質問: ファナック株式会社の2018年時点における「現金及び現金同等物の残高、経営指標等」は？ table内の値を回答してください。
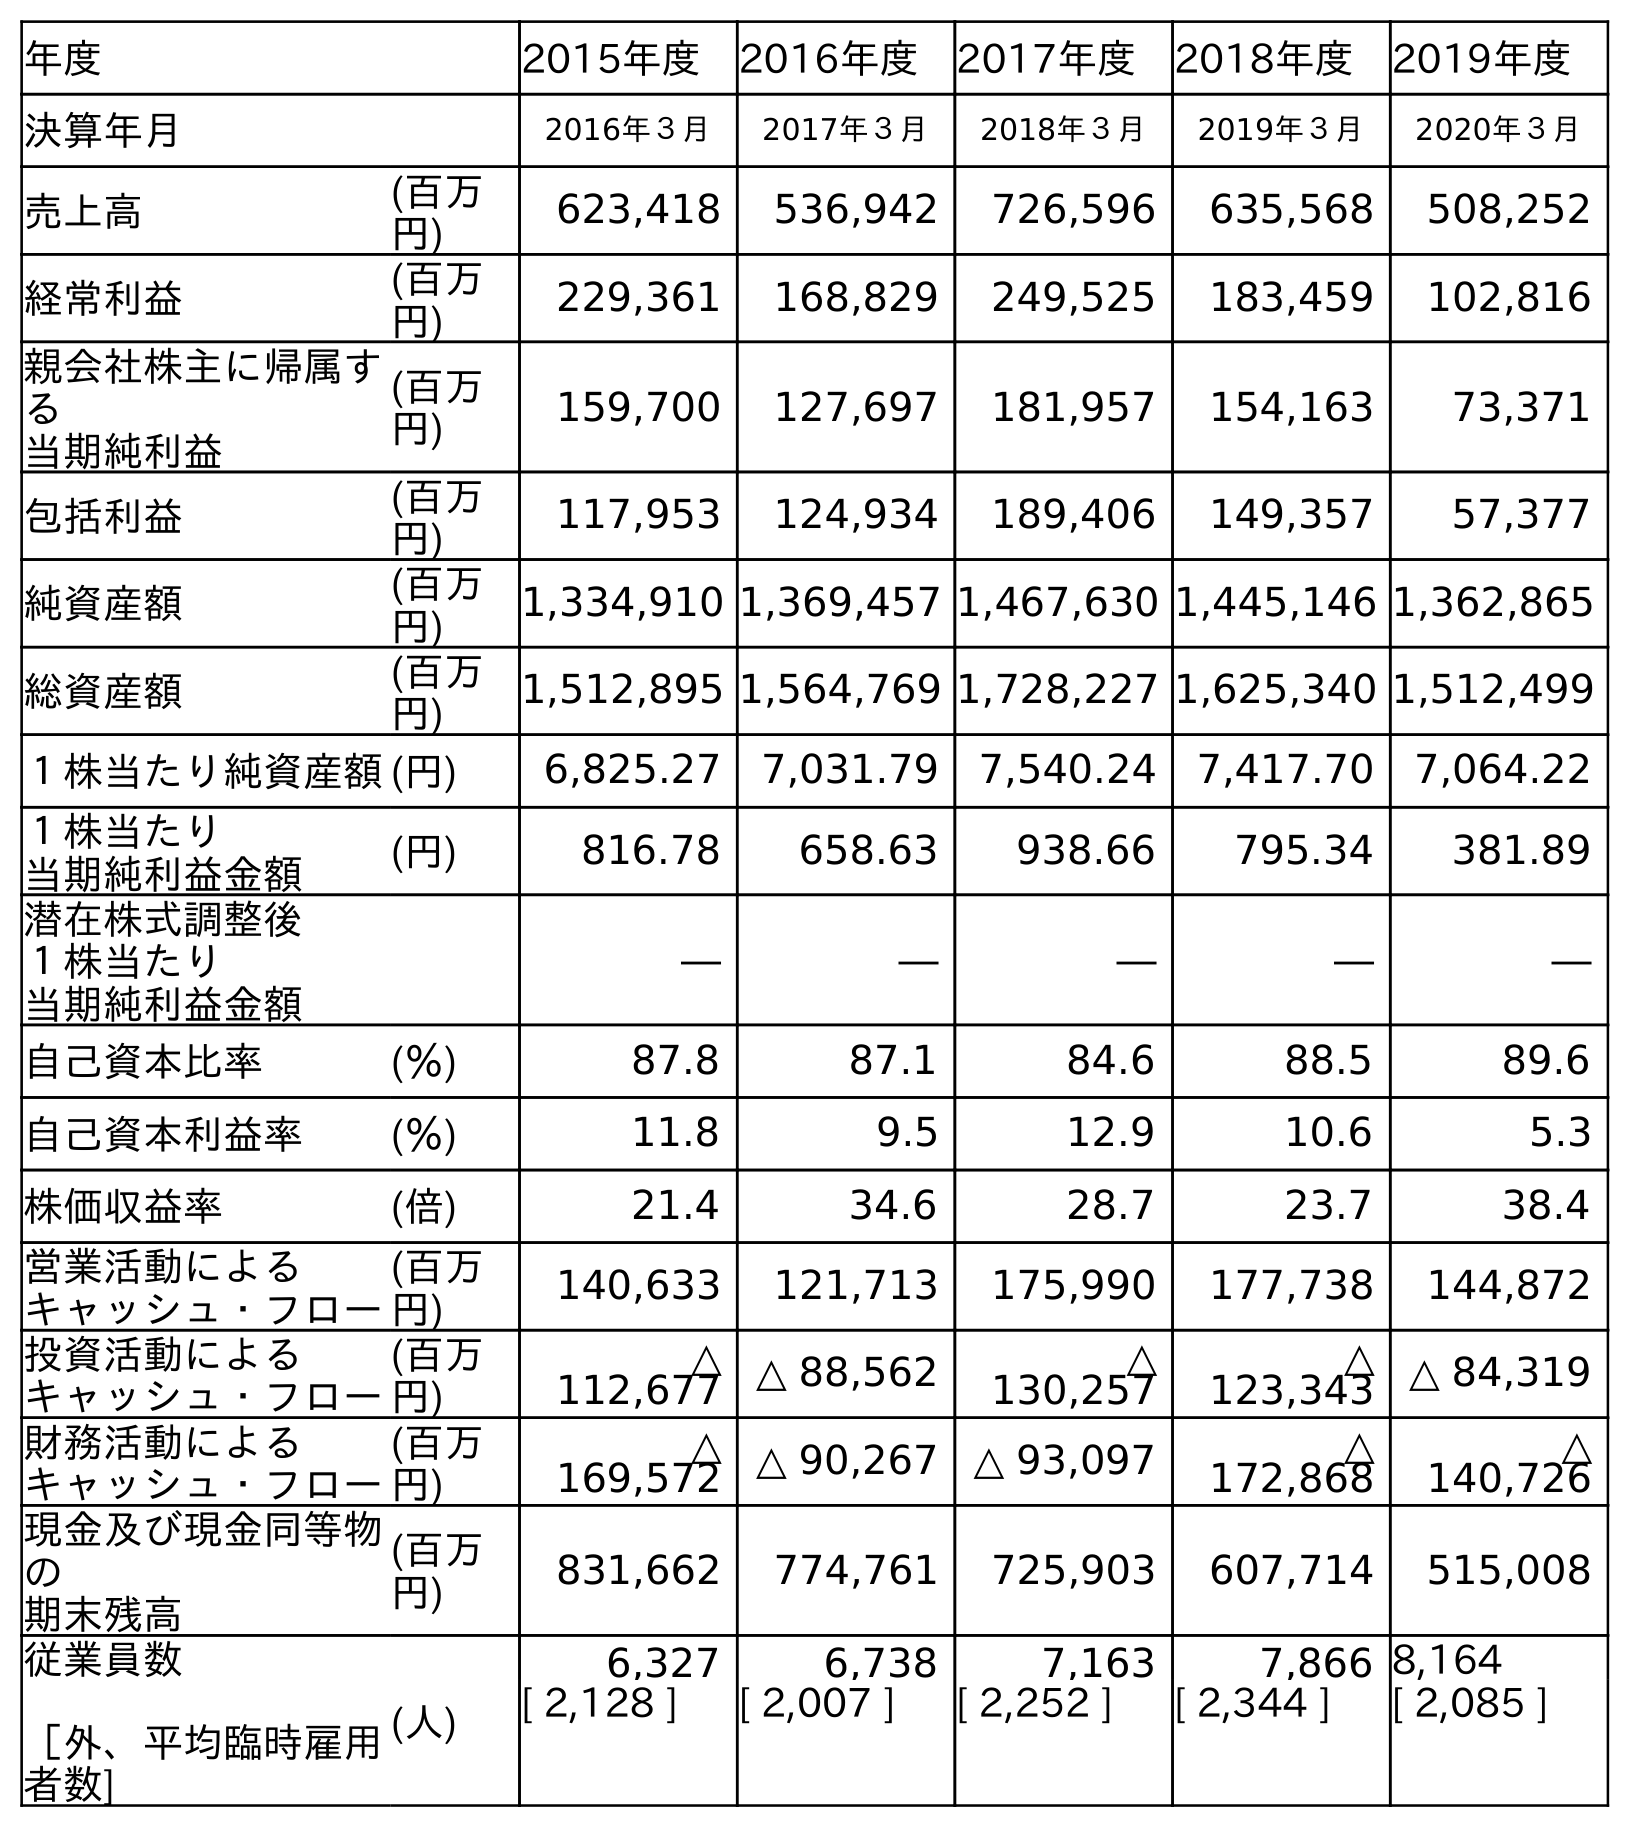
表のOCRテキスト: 年度 2015年度 2016年度 2017年度 2018年度 2019年度 決算年月 2016年３月 2017年３月 2018年３月 2019年３月 2020年３月 売上高 (百万 円) 623,418 536,942 726,596 635,568 508,252 経常利益 (百万 円) 229,361 168,829 249,525 183,459 102,816 親会社株主に帰属す る 当期純利益 (百万 円) 159,700 127,697 181,957 154,163 73,371 包括利益 (百万 円) 117,953 124,934 189,406 149,357 57,377 純資産額 (百万 円) 1,334,910 1,369,457 1,467,630 1,445,146 1,362,865 総資産額 (百万 円) 1,512,895 1,564,769 1,728,227 1,625,340 1,512,499 １株当たり純資産額(円) 6,825.27 7,031.79 7,540.24 7,417.70 7,064.22 １株当たり 当期純利益金額 (円) 816.78 658.63 938.66 795.34 381.89 潜在株式調整後 １株当たり 当期純利益金額 ― ― ― ― ― 自己資本比率 (％) 87.8 87.1 84.6 88.5 89.6 自己資本利益率 (％) 11.8 9.5 12.9 10.6 5.3 株価収益率 (倍) 21.4 34.6 28.7 23.7 38.4 営業活動による キャッシュ・フロー (百万 円) 140,633 121,713 175,990 177,738 144,872 投資活動による キャッシュ・フロー (百万 円) △ 112,677 △ 88,562 △ 130,257 △ 123,343 △ 84,319 財務活動による キャッシュ・フロー (百万 円) △ 169,572 △ 90,267 △ 93,097 △ 172,868 △ 140,726 現金及び現金同等物 の 期末残高 (百万 円) 831,662 774,761 725,903 607,714 515,008 従業員数 ［外、平均臨時雇用 者数] (人) 6,327 6,738 7,163 7,866 8,164 [ 2,128 ] [ 2,007 ] [ 2,252 ] [ 2,344 ] [ 2,085 ]
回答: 725,903